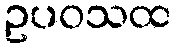
ဥပဝသထ